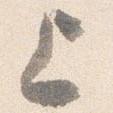
上